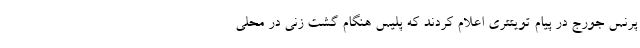
پرنس جورج در پیام تویتتری اعلام کردند که پلیس هنگام گشت زنی در محلی